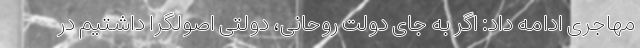
مهاجری ادامه داد: اگر به جای دولت روحانی، دولتی اصولگرا داشتیم در